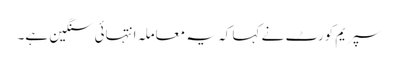
سپریم کورٹ نے کہا کہ یہ معاملہ انتہائی سنگین ہے۔